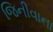
જિનીવાના